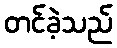
တင်ခဲ့သည်